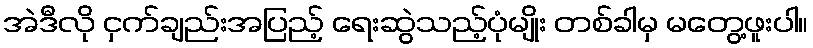
အဲဒီလို ငှက်ချည်းအပြည့် ရေးဆွဲသည့်ပုံမျိုး တစ်ခါမှ မတွေ့ဖူးပါ။